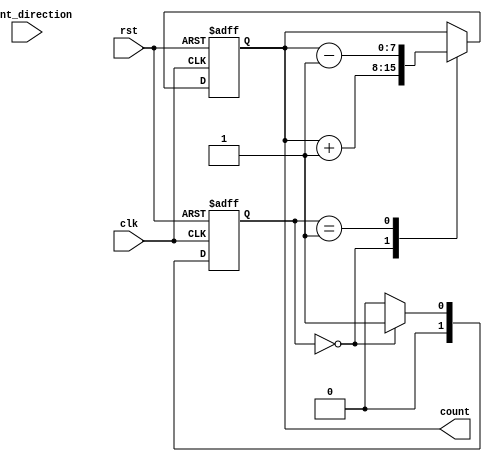
module Counter(
    input [1:0] count_direction,
    input clk,
    input rst,
    output reg [7:0] count
);

reg [1:0] state;

always @(posedge clk or posedge rst) begin
    if (rst) begin
        state <= 2'b00; // initial state
        count <= 8'b0; // initial count value
    end else begin
        case (state)
            2'b00: begin // State 0 - Increment count
                count <= count + 1;
                state <= 2'b01; // Transition to next state
            end
            2'b01: begin // State 1 - Decrement count
                count <= count - 1;
                state <= 2'b00; // Transition to previous state
            end
            default: state <= 2'b00; // Default state
        endcase
    end
end

endmodule